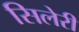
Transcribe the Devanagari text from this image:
सिलेरी